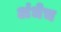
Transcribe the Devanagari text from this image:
अंधेच